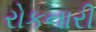
રોકનારી